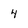
Character: 4